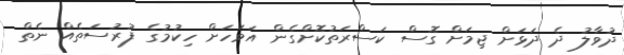
ދުވާލު ދެ ދަޅަށް ޖިމަށް ގޮސް ކަސްރަތުކޮށްގެން އަވަހަށް ހިކުމުގެ ފުރުސަތެއް ނެތް